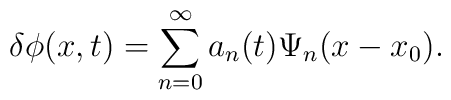
\delta\phi(x,t)=\sum_{n=0}^{\infty} a_n(t) \Psi_n(x-x_0).